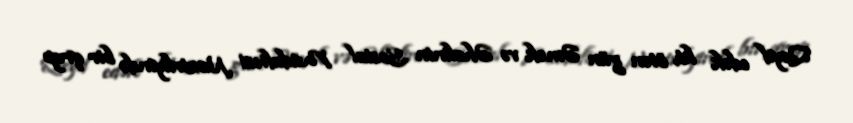
Qeyd edək ki, ötən gün Əmək və Əhalinin Sosial Müdafiəsi Nazirliyində bir qrup